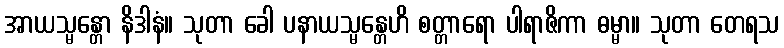
အာယသ္မန္တော နိဒါနံ။ သုတာ ခေါ ပနာယသ္မန္တေဟိ စတ္တာရော ပါရာဇိကာ ဓမ္မာ။ သုတာ တေရသ